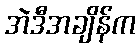
အဲဒီအချိန်က